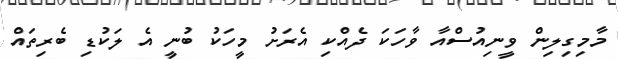
މާމިގިލިން ވީނިއުސްއާ ވާހަކަ ދެއްކި އެރަށު މީހަކު ބުނީ އެ ލަކުޑި ބެރިތައް